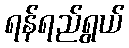
ရန်ရည်ရွယ်